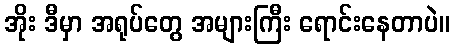
အိုး ဒီမှာ အရုပ်တွေ အများကြီး ရောင်းနေတာပဲ။